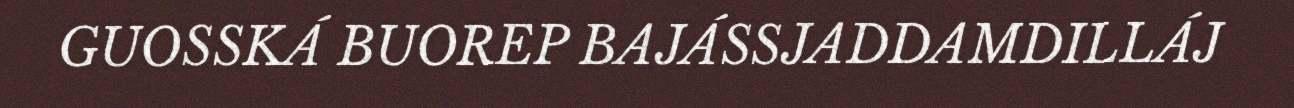
GUOSSKÁ BUOREP BAJÁSSJADDAMDILLÁJ